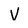
Character: v